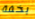
بخفة